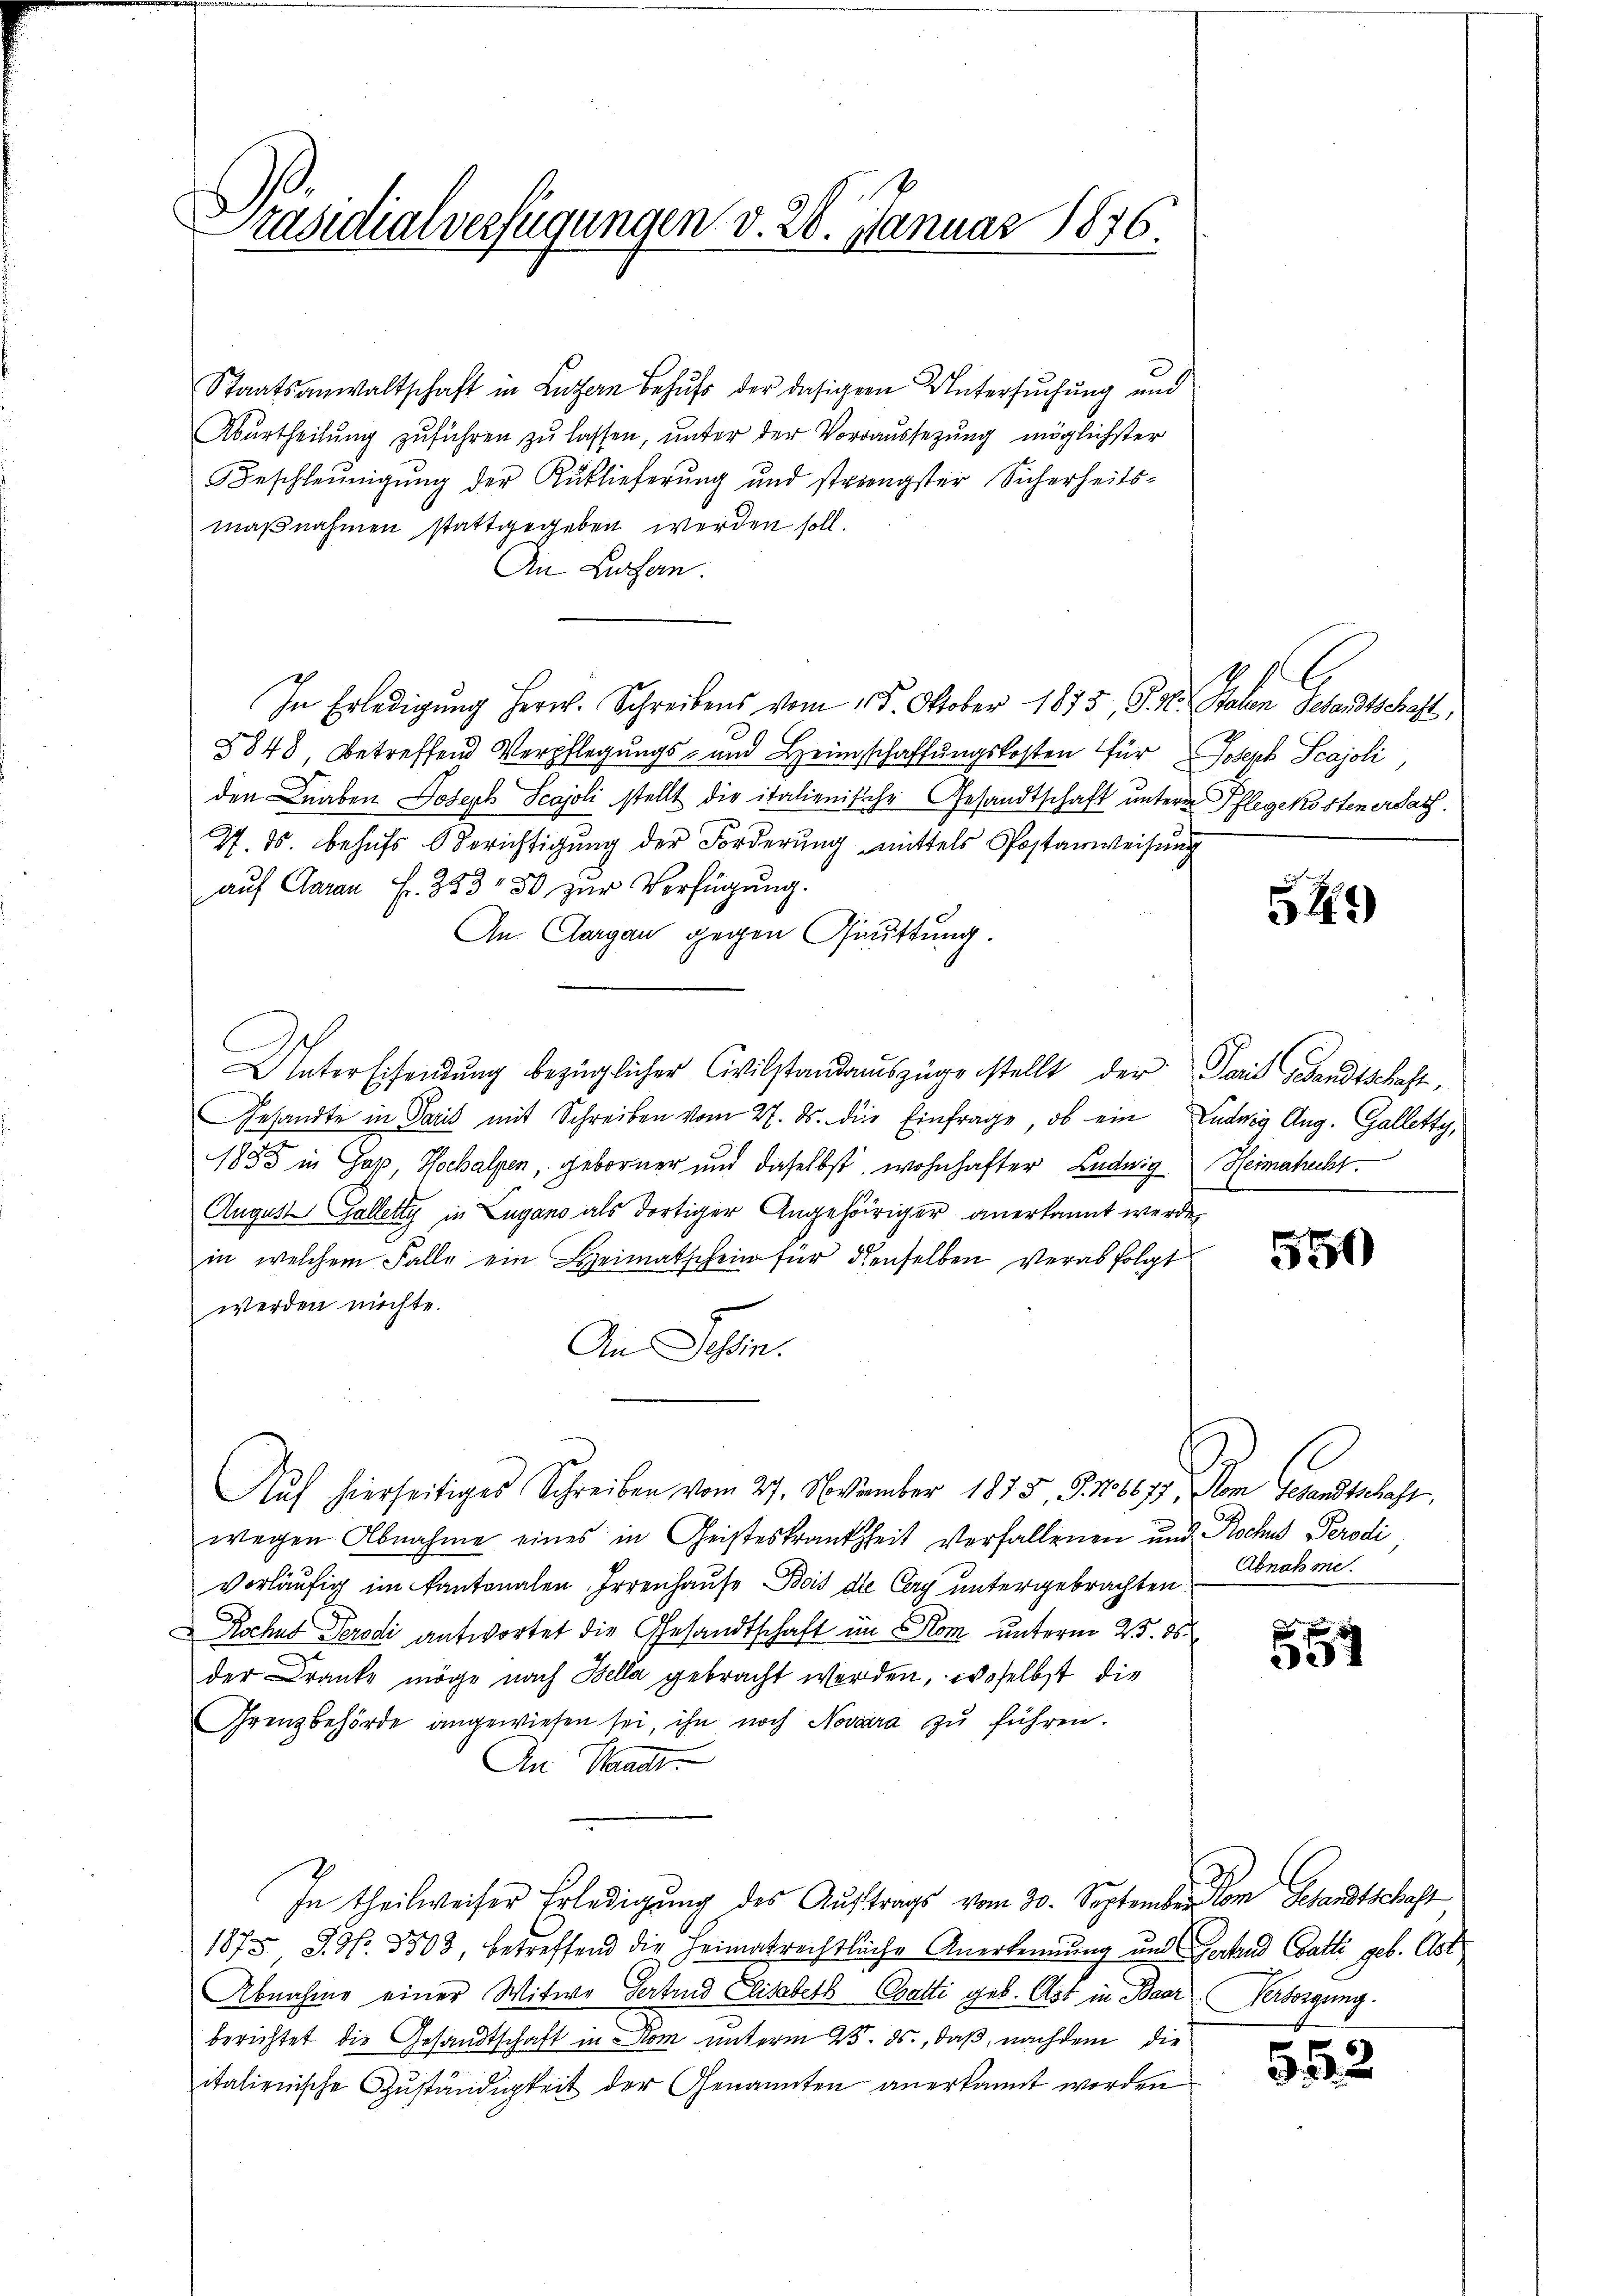
Präsidialverfügungen v. 28. Januar 1876.

Staatsanwaltschaft in Luthen Behufs der dasiger Untersuchung und
Abŭrtheilŭng zŭführen zŭ lassen, ŭnter der Vorraŭssetzŭng möglichster
Beschleunigŭng der Auslieferŭng und strengster Sicherheits-
maßnahmen stattgegeben werden soll.
An Luzern.
In Erledigŭng Herr. Schreibens vom 15. Oktober 1873, S. V. Polen Gesandtschaft,
8848, betreffend Verpflegungs- und Heimschaffungskosten für Joseph Scajoli
den Knaben Joseph Scajoli stellt die italienische Gesandtschaft untere Pflegekostener Sach
J. ds. behufs Berichtigung der Forderung mittels Postanweisung
auf Garan Fr. 353 50 zur Verfügung.
An Aargau gegen Grüttung.
Unterscheidung bezüglicher Civilstandauszüge stellt der Sait Gesandtschaft¬
Gesandte in Paris mit Schreiben vom 27. ds. die Einfrage, ob ein Ludwig Aug. Galletty,
1885 in Gap, Hochalpen, geborner und daselbst wohnhafter Luduig Heimatricht.
August Galletty in Lugano als dortiger Angehöriger anerkannt werden
in welchem Falle ein Heimatschein für denselben verabfolgt
werden möchte.
An Tessin.
Auf hierseitiges Schreiben vom 29. November 1855, S. 1667, vom Gesandtschaft,
wegen Abnahme eines in Geisteskrankheit verfallenen und Roches Perodi
vorläufig im Kantonalen, Irrenhause Bois die Cerg untergebrachten
Rochus Perodi antwortet die Gesandtschaft im Rom unterm 25. ds
der Kranke möge nach Bella gebracht werden, woselbst die
Grenzbehörde angewiesen sei, ihn noch Novara zu führen.
An Waadt
In theilweiser Erledigung des Auftrags vom 30. September dem Gesandtschaft
1875 S. Nr. 3503, betreffend die Heimatrechtliche Anerkennung und Gestand Gatti geb. Ast
Abnahme einer Witwe Fertind Elisabeth Coalti geb. Ast in Baar Verborgung.
berichtet die Gesandtschaft in Rom unterm 25. ds., daß, nachdem die
italienische Zuständigkeit der Genannten anerkannt worden

5

550

Abnahme.

54

552